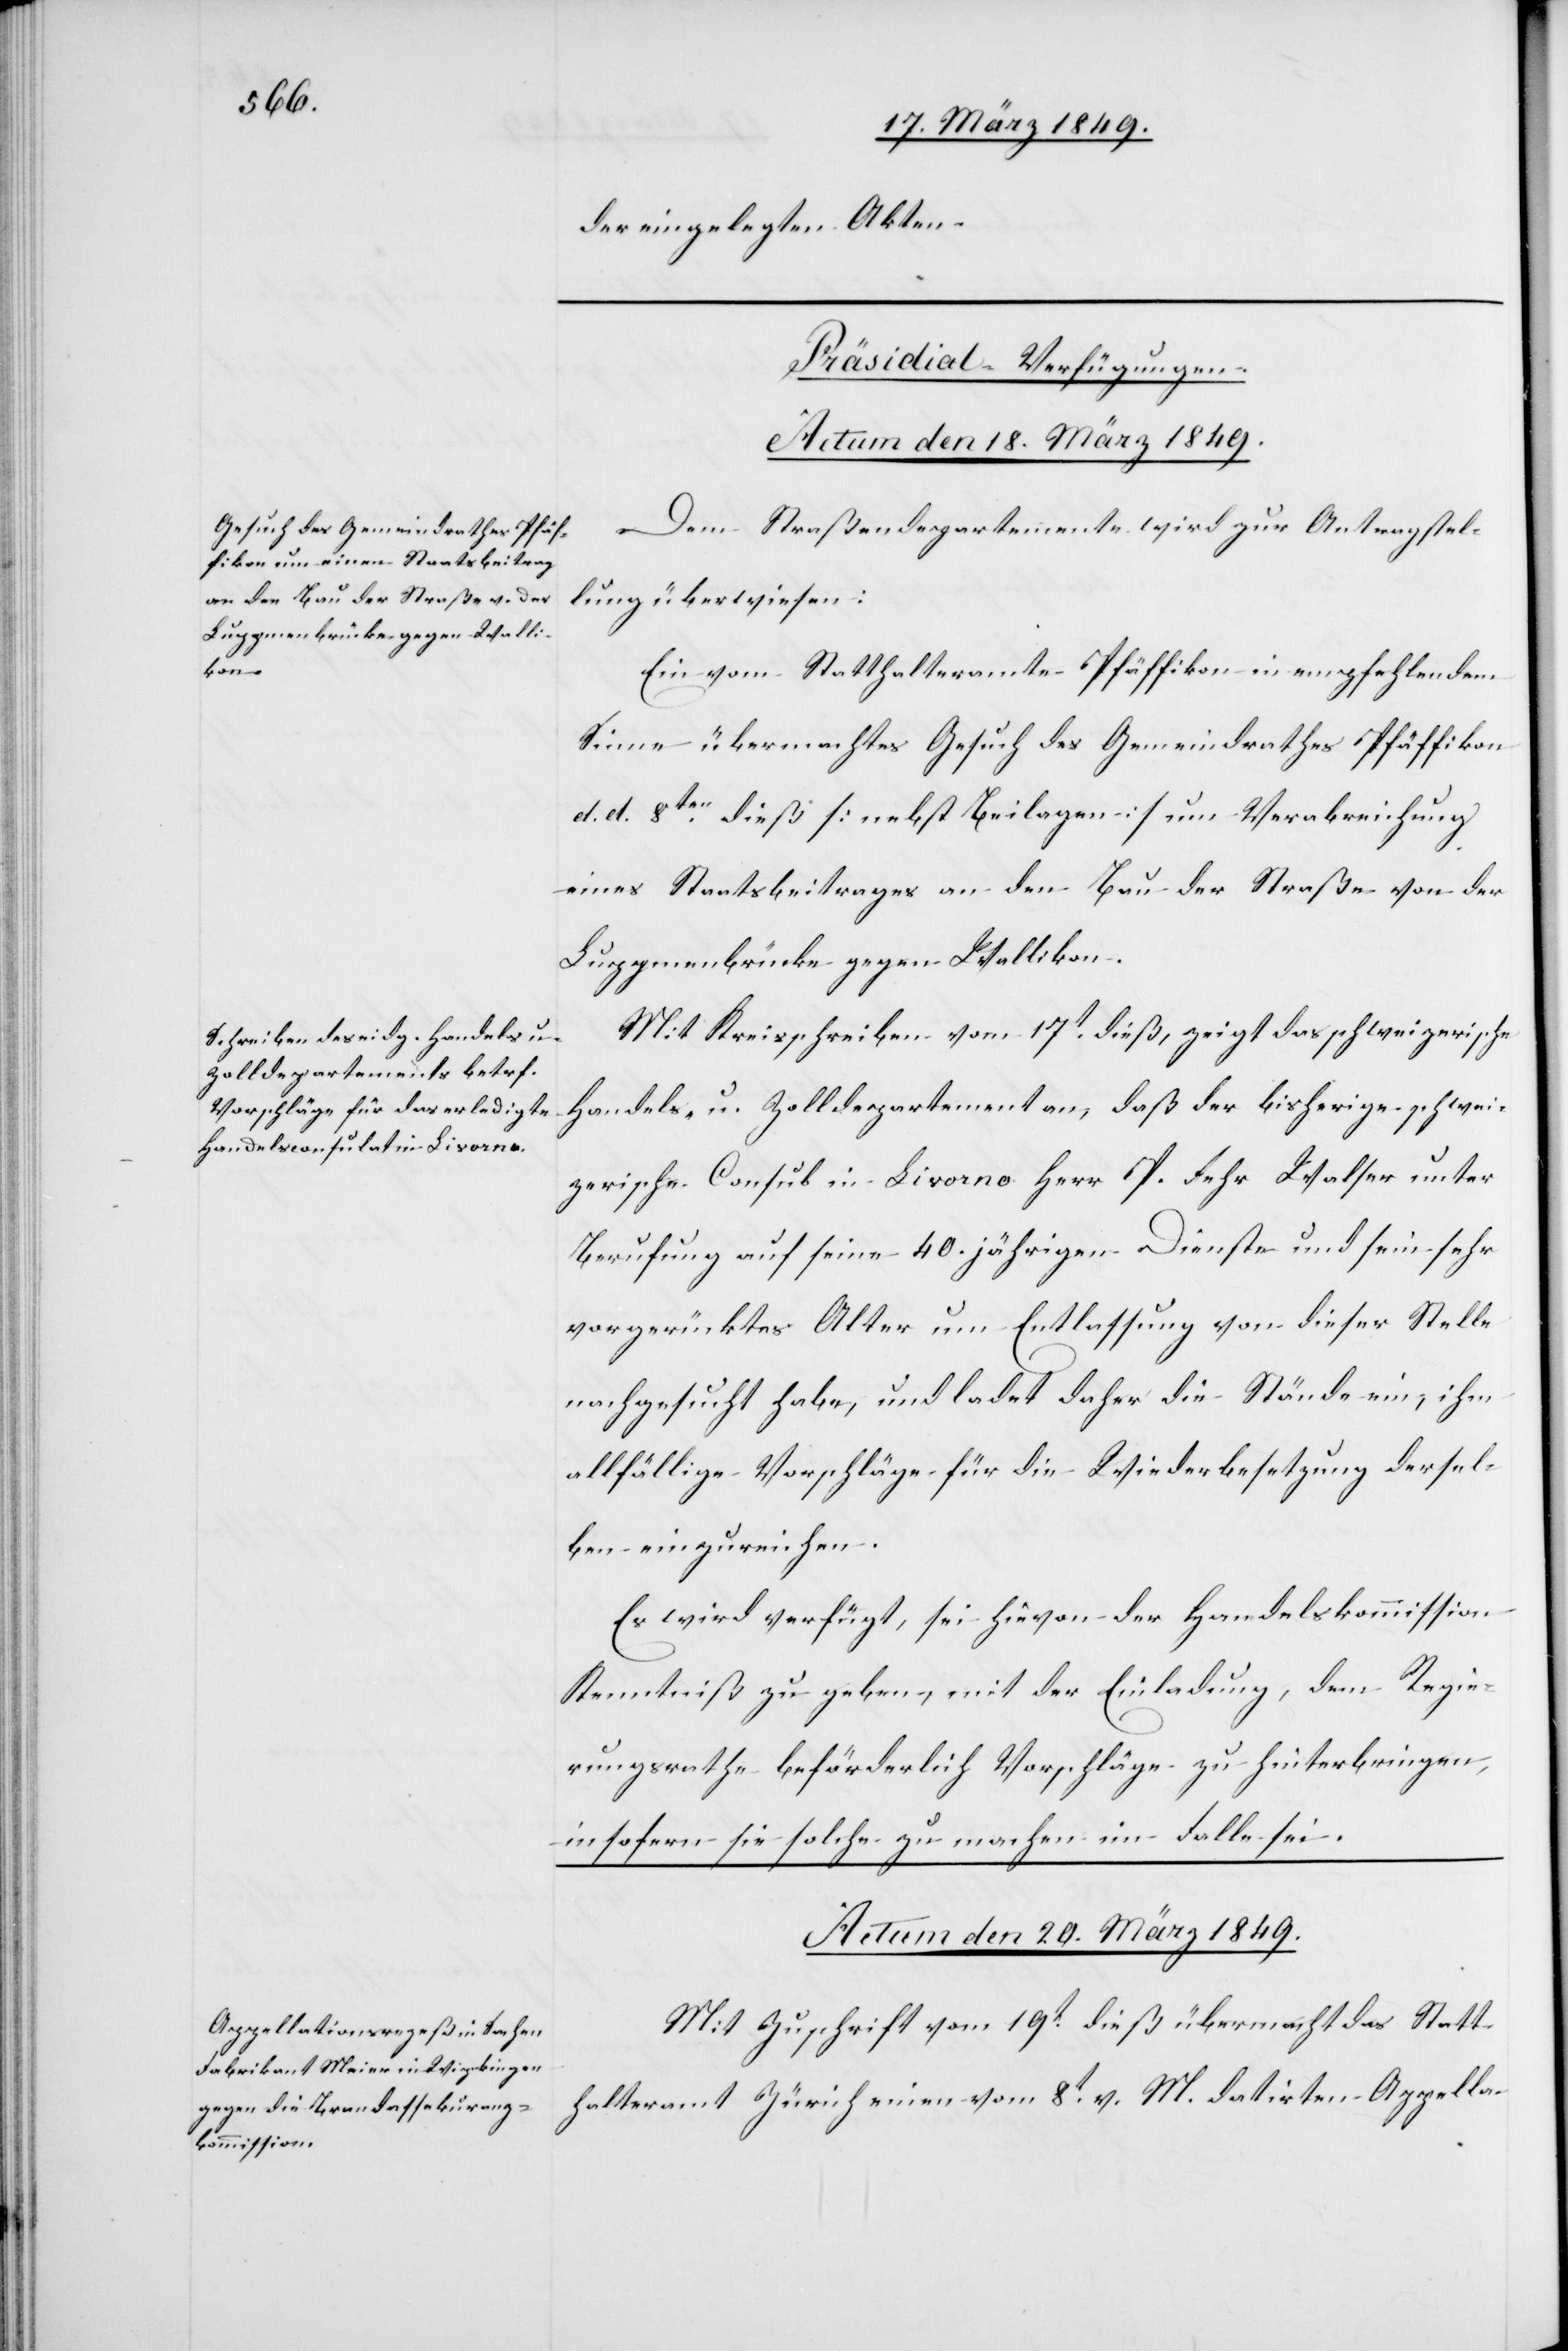
der eingelegten Akten.
[Präsidial-Verfügungen.]
Dem Straßendepartemente wird zur Antragstel¬
lung überwiesen:
Ein vom Statthalteramte Pfäffikon in empfehlendem
Sinne übermachtes Gesuch des Gemeindrathes Pfäffikon
d. d. 8ten. dieß [nebst Beilagen] um Verabreichung
eines Staatsbeitrages an den Bau der Straße von der
Luppenenbrücke gegen Wallikon.
Mit Kreisschreiben vom 17t. dieß, zeigt das schweizerische
Handels- und Zolldepartement an, daß der bisherige schwei¬
zerische Consul in Livorno Herr P. Fehr Walser unter
Berufung auf seine 40. jährigen Dienste und sein sehr
vorgerücktes Alter um Entlassung von dieser Stelle
nachgesucht habe, und ladet daher die Stände ein, ihm
allfällige Vorschläge für die Wiederbesetzung dersel¬
ben einzureichen.
Es wird verfügt, sei hievon der Handelskommission
Kenntniß zu geben, mit der Einladung, dem Regie¬
rungsrathe beförderlich Vorschläge zu hinterbringen,
insofern sie solche zu machen im Falle sei.
Actum den 20. März 1849.
Mit Zuschrift vom 19t. dieß übermacht das Statt¬
halteramt Zürich einen vom 8t. v. M. datirten Appella-